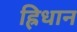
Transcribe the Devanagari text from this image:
ह्रिधान